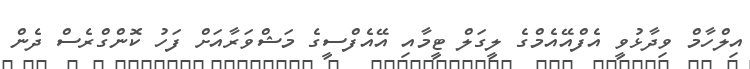
އިލްހާމް ވިދާޅުވީ އެފްއޭއެމްގެ ލީގަލް ޓީމާއި އޭއެފްސީގެ މަޝްވަރާއަށް ފަހު ކޮންގްރެސް ދެން